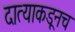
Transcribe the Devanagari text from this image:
दात्याकडूनच